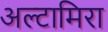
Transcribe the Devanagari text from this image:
अल्टामिरा